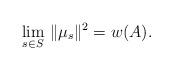
LaTeX: \begin{align*}\lim_{s\in S}\,\|\mu_s\|^2=w(A).\end{align*}